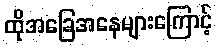
ထိုအခြေအနေများကြောင့်